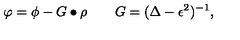
\varphi = \phi - G \bullet \rho \qquad G = ( \Delta - \epsilon ^ { 2 } ) ^ { - 1 } ,